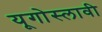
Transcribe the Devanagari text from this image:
यूगोस्लावी